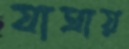
যাত্রায়